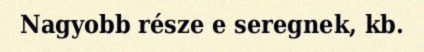
Nagyobb része e seregnek, kb.